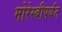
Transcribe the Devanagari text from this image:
मोरेस्बीपर्यंत